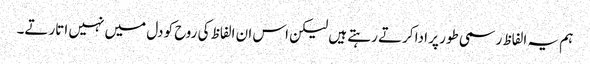
ہم یہ الفاظ رسمی طور پر ادا کرتے رہتے ہیں لیکن اس ان الفاظ کی روح کو دل میں نہیں اتارتے۔